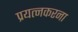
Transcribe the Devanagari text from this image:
प्रयत्नकरना